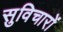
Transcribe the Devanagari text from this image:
सुविचारों